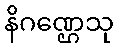
နိဂဏ္ဌေသု